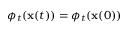
\phi _ { t } ( \mathbf { x } ( t ) ) = \phi _ { t } ( \mathbf { x } ( 0 ) )